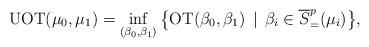
LaTeX: \begin{align*}{\rm UOT}(\mu_0,\mu_1) = \inf_{(\beta_0,\beta_1)} \big\{{\rm OT}(\beta_0,\beta_1)\, \mid\, \beta_i \in \overline{S}^p_{=}(\mu_i)\big\},\end{align*}